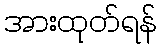
အားထုတ်ရန်